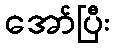
အော်ပြီး